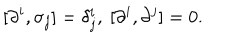
LaTeX: [ \partial ^ { i } , \sigma _ { j } ] = \delta _ { j } ^ { i } , ~ [ \partial ^ { i } , \partial ^ { j } ] = 0 .